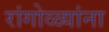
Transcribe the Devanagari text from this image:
रांगोळ्यांना